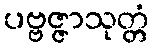
ပဗ္ဗဇ္ဇာသုတ္တံ